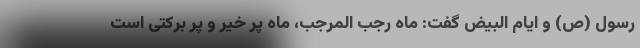
رسول (ص) و ایام البیض گفت: ماه رجب المرجب، ماه پر خیر و پر برکتی است